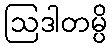
ဩဒါတမ္ပိ